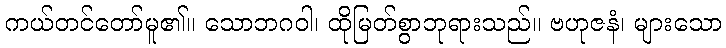
ကယ်တင်တော်မူ၏။ သောဘဂဝါ၊ ထိုမြတ်စွာဘုရားသည်။ ဗဟုဇနံ၊ များသော